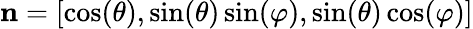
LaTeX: \mathbf{n}=[\cos(\theta),\sin(\theta)\sin(\varphi),\sin(\theta)\cos(\varphi)]